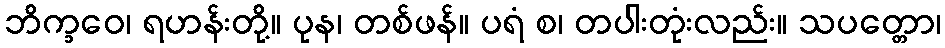
ဘိက္ခဝေ၊ ရဟန်းတို့။ ပုန၊ တစ်ဖန်။ ပရံ စ၊ တပါးတုံးလည်း။ သပတ္တော၊